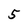
Character: 5